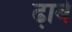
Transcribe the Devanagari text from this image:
ढा़बे